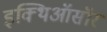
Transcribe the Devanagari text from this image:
इक्थिऑसॉर